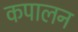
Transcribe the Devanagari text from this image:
कपालन